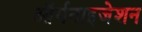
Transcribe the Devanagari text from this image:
आॅर्गनाइजेशन